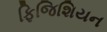
ફિજિશિયન